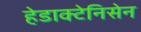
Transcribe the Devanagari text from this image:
हेडाक्टेनिसेन